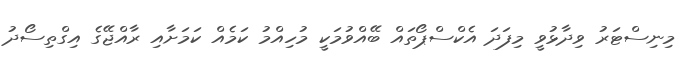
މިނިސްޓަރު ވިދާޅުވީ މިފަދަ އެކްސްޕޯތައް ބޭއްވުމަކީ މުހިއްމު ކަމެއް ކަމަށާއި ރާއްޖޭގެ އިގްތިސޯދު